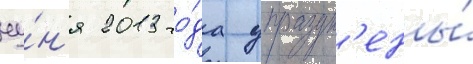
иу́н'я 2013 го́да упраздн'ены́